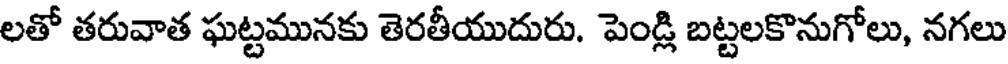
లతో తరువాత ఘట్టమునకు తెరతీయుదురు. పెండ్లి బట్టలకొనుగోలు, నగలు